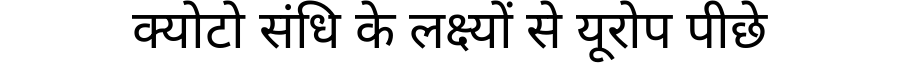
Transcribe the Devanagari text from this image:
क्योटो संधि के लक्ष्यों से यूरोप पीछे